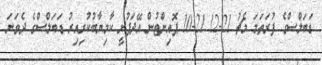
ޑަބަލްސްގެ ފުރަތަމަ މެޗު 21-12 21-10 ޕޮއިންޓުން އޭދަފުށީ ކާމިޔާބުކުރިއިރު ޑަބަލްސްގެ ދެވަނަ